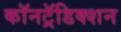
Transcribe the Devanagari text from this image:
कॉनट्रॅडिक्शन